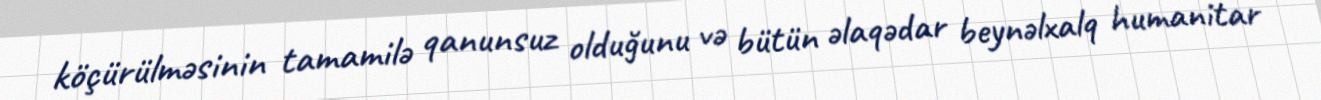
köçürülməsinin tamamilə qanunsuz olduğunu və bütün əlaqədar beynəlxalq humanitar